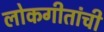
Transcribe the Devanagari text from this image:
लोकगीतांची